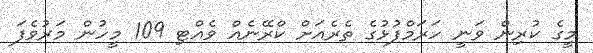
މީގެ ކުރިން ވަނީ ހަރަމްފުޅުގެ ތެރެއަށް ކްރޭނެއް ވެއްޓި 109 މީހުން މަރުވެފަ